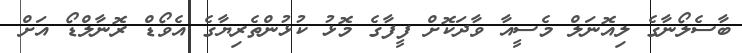
ބާސެލޯނާގެ ލިއޮނަލް މެސީއާ ވާދަކޮށް ފީފާގެ މޮޅު ކުޅުންތެރިޔާގެ އެވޯޑް ރޮނާލްޑޯ އަށް